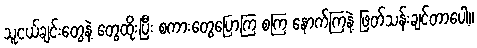
သူငယ်ချင်းတွေနဲ့ တွေထိုးပြီး စကားတွေပြောကြ စကြ နောက်ကြနဲ့ ဖြတ်သန်းချင်တာပေါ့။